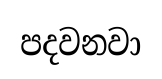
පදවනවා